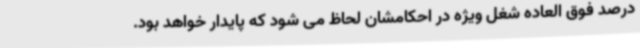
درصد فوق العاده شغل ویژه در احکامشان لحاظ می شود که پایدار خواهد بود.